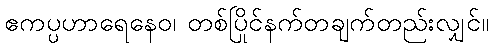
ဧကပ္ပဟာရေနေဝ၊ တစ်ပြိုင်နက်တချက်တည်းလျှင်။